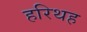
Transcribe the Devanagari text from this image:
हरिथह